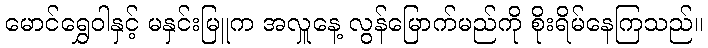
မောင်ရွှေဝါနှင့် မနှင်းမြူက အလှူနေ့ လွန်မြောက်မည်ကို စိုးရိမ်နေကြသည်။